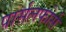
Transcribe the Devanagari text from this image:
पार्सलफोर्स